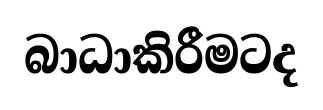
බාධාකිරීමටද